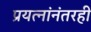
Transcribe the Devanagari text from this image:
प्रयत्नांनंतरही